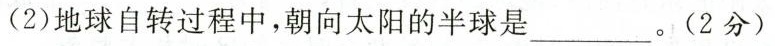
(2)地球自转过程中，朝向太阳的半球是_。(2分)